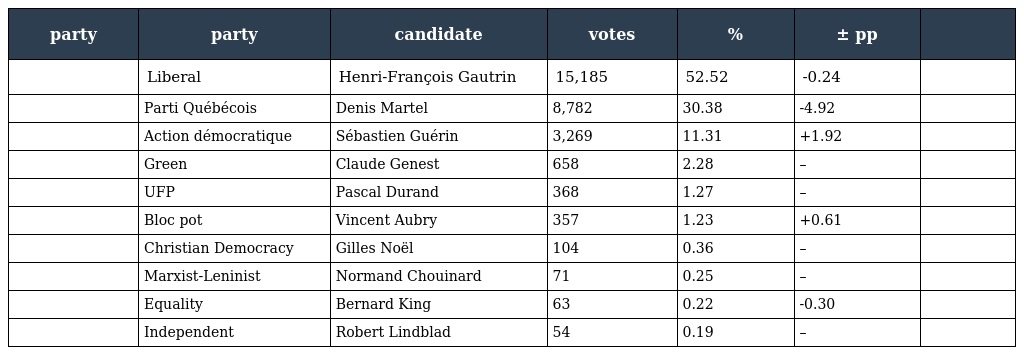
| party | party | candidate | votes | % | ± pp |  |
 | --- | --- | --- | --- | --- | --- | --- |
 |  | Liberal | Henri-François Gautrin | 15,185 | 52.52 | -0.24 |  |
 |  | Parti Québécois | Denis Martel | 8,782 | 30.38 | -4.92 |  |
 |  | Action démocratique | Sébastien Guérin | 3,269 | 11.31 | +1.92 |  |
 |  | Green | Claude Genest | 658 | 2.28 | – |  |
 |  | UFP | Pascal Durand | 368 | 1.27 | – |  |
 |  | Bloc pot | Vincent Aubry | 357 | 1.23 | +0.61 |  |
 |  | Christian Democracy | Gilles Noël | 104 | 0.36 | – |  |
 |  | Marxist-Leninist | Normand Chouinard | 71 | 0.25 | – |  |
 |  | Equality | Bernard King | 63 | 0.22 | -0.30 |  |
 |  | Independent | Robert Lindblad | 54 | 0.19 | – |  |